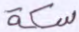
سكة